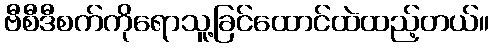
ဗီစီဒီစက်ကိုရောသူ့ခြင်ထောင်ထဲထည့်တယ်။